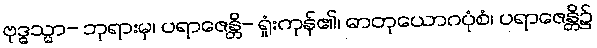
ဗုဒ္ဓသ္မာ- ဘုရားမှ၊ ပရာဇေန္တိ- ရှုံးကုန်၏၊ ဓာတုယောဂပုံစံ၊ ပရာဇေန္တိ၌